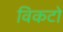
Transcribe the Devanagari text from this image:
विकटो